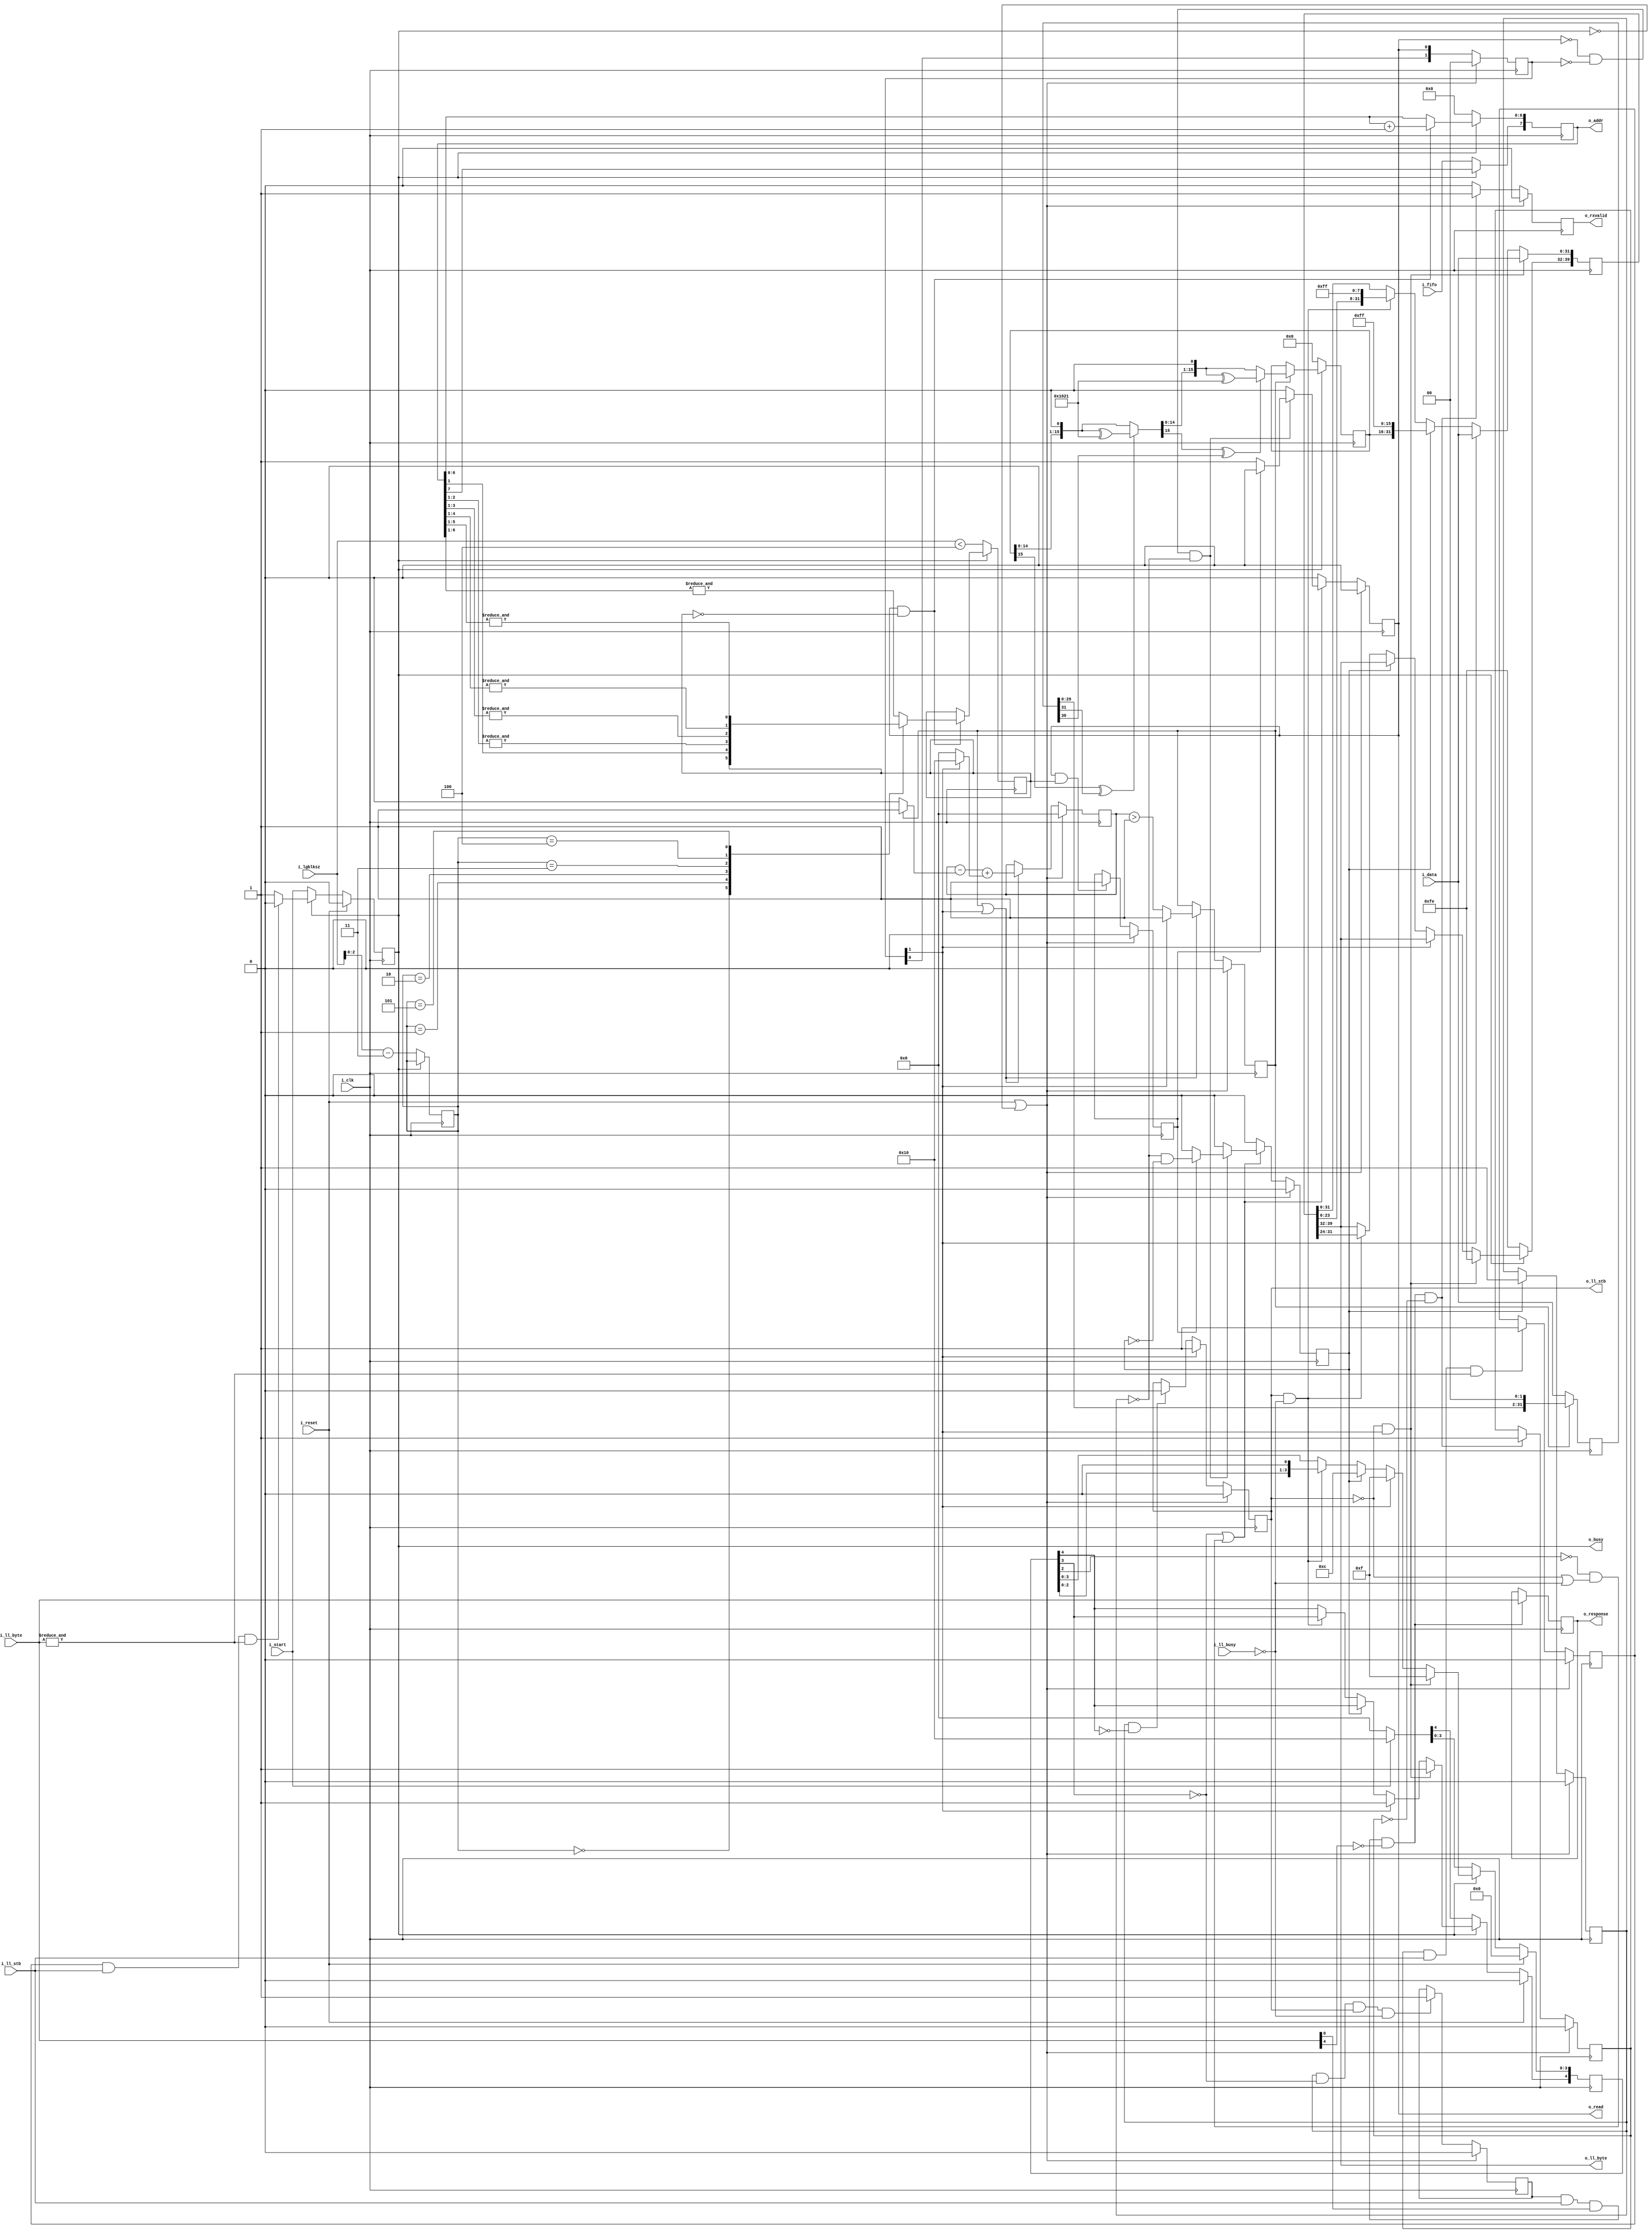
////////////////////////////////////////////////////////////////////////////////
//
//
// Project:	SD-Card controller, using a shared SPI interface
//
// Purpose:	To handle all of the processing associated with sending data
//		from a memory to our lower-level SPI processor.
//
// Creator:	Dan Gisselquist, Ph.D.
//		Gisselquist Technology, LLC
//
////////////////////////////////////////////////////////////////////////////////
//
// Copyright (C) 2016-2020, Gisselquist Technology, LLC
//
// This program is free software (firmware): you can redistribute it and/or
// modify it under the terms of  the GNU General Public License as published
// by the Free Software Foundation, either version 3 of the License, or (at
// your option) any later version.
//
// This program is distributed in the hope that it will be useful, but WITHOUT
// ANY WARRANTY; without even the implied warranty of MERCHANTIBILITY or
// FITNESS FOR A PARTICULAR PURPOSE.  See the GNU General Public License
// for more details.
//
// You should have received a copy of the GNU General Public License along
// with this program.  (It's in the $(ROOT)/doc directory, run make with no
// target there if the PDF file isn't present.)  If not, see
// <http://www.gnu.org/licenses/> for a copy.
//
// License:	GPL, v3, as defined and found on www.gnu.org,
//		http://www.gnu.org/licenses/gpl.html
//
//
////////////////////////////////////////////////////////////////////////////////
//
//
`default_nettype none
//
module spitxdata(i_clk, i_reset, i_start, i_lgblksz, i_fifo, o_busy,
		o_read, o_addr, i_data,
		i_ll_busy, o_ll_stb, o_ll_byte,
		i_ll_stb, i_ll_byte, o_rxvalid, o_response);
	parameter	DW = 32, AW = 8, RDDELAY = 2;
	localparam	CRC_POLYNOMIAL = 16'h1021;
	//
	input	wire	i_clk, i_reset;
	//
	input	wire		i_start;
	input	wire	[3:0]	i_lgblksz;
	input	wire		i_fifo;
	output	reg		o_busy;
	//
	output	reg 		o_read;
	output	reg [AW-1:0]	o_addr;
	input	wire [DW-1:0]	i_data;
	//
	input	wire		i_ll_busy;
	output	reg		o_ll_stb;
	output	wire [7:0]	o_ll_byte;
	//
	input	wire		i_ll_stb;
	input	wire [7:0]	i_ll_byte;
	//
	output	reg 		o_rxvalid;
	output	reg [7:0]	o_response;


	reg	[RDDELAY-1:0]	rdvalid;
	reg	[8+DW-1:0]	gearbox;
	reg	[1+(DW/8)-1:0]	fill;
	reg			crc_flag, crc_stb, data_read, all_mem_read;

	reg				lastaddr, data_sent, received_token,
					all_idle;
	reg				crc_active;
	reg [$clog2(1+DW/2)-1:0]	crc_fill;
	(* keep *) reg	[DW-1:0]	crc_gearbox;
	reg	[15:0]			crc_data;

	reg				token;

	always @(*)
		token = (data_sent && i_ll_stb && i_ll_byte[0] &&!i_ll_byte[4]);

	initial	o_busy = 0;
	always @(posedge i_clk)
	if (i_reset)
		o_busy <= 0;
	else if (!o_busy)
		o_busy <= i_start;
	else if (all_idle && i_ll_stb && (&i_ll_byte))
		o_busy <= 0;

	initial	o_rxvalid = 0;
	initial	received_token = 0;
	always @(posedge i_clk)
	if (i_reset || !o_busy)
		{ received_token, o_rxvalid } <= 0;
	else if (token && !received_token)
		{ received_token, o_rxvalid } <= 2'b11;
	else
		o_rxvalid <= 0;

	initial	all_idle = 0;
	always @(posedge i_clk)
	if (i_reset || !o_busy)
		all_idle <= 0;
	else if (received_token && i_ll_stb && (&i_ll_byte))
		all_idle <= 1'b1;

	always @(posedge i_clk)
	if (token)
		o_response <= i_ll_byte;

	// o_read & o_addr
	// 0: arbited read request
	// 1: read data
	// 2: muxed read data
	initial	rdvalid = 0;
	always @(posedge i_clk)
	if (i_reset || !o_busy)
		rdvalid <= 0;
	else
		rdvalid <= { rdvalid[RDDELAY-2:0], o_read };

	initial	o_ll_stb = 0;
	always @(posedge i_clk)
	if (i_reset || !o_busy)
		o_ll_stb <= 0;
	else if (rdvalid[RDDELAY-1])
		o_ll_stb <= 1;
	else if (data_read && !fill[4])
		o_ll_stb <= 0;

	initial	fill = 0;
	always @(posedge i_clk)
	begin
		if (!o_ll_stb && rdvalid[RDDELAY-1])
		begin
			gearbox <= { 8'hfe, i_data };
			fill <= 5'h1f;
		end else if (rdvalid[RDDELAY-1])
		begin
			gearbox <= { gearbox[DW+8-1:DW], i_data };
			fill <= 5'h1f;
		end else if (crc_stb)
		begin
			gearbox <= { gearbox[DW+8-1:DW], crc_data, 16'hff };
			fill[3:0] <= 4'hc;
		end else if (o_ll_stb && !i_ll_busy)
		begin
			gearbox <= { gearbox[DW-1:0], 8'hff };
			fill <= fill << 1;
		end

		if (!o_busy)
			gearbox[39:32] <= 8'hfe;	// Start token

		if (i_reset)
			fill <= 0;
		else if (!o_busy)
			fill <= (i_start) ? 5'h10 : 0;
	end

	assign	o_ll_byte = gearbox[39:32];

	initial	{ crc_stb, o_read } = 0;
	always @(posedge i_clk)
	if (i_reset || !o_busy)
		{ crc_stb, o_read } <= 0;
	else if (!fill[3] || (!fill[2] && (!o_ll_stb || !i_ll_busy)))
	begin
		{ crc_stb, o_read } <= 0;
		if (!o_read && rdvalid == 0 && !data_read)
		begin
			if (!all_mem_read)
				o_read <= 1;
			else
				crc_stb <= (!crc_flag)&&(!crc_stb);
		end
	end else
		{ crc_stb, o_read } <= 0;

	always @(posedge i_clk)
	if (!o_busy)
		o_addr <= { i_fifo, {(AW-1){1'b0}} };
	else if (o_read && !lastaddr)
		o_addr[AW-2:0] <= o_addr[AW-2:0] + 1;

	initial	all_mem_read = 0;
	always @(posedge i_clk)
	if (i_reset || !o_busy)
		all_mem_read <= 0;
	else if (o_read && lastaddr)
		all_mem_read <= 1;

	initial	crc_flag = 0;
	always @(posedge i_clk)
	if (i_reset || !o_busy)
		crc_flag <= 0;
	else if (crc_stb)
		crc_flag <= 1;

	always @(*)
		data_read = crc_flag;

	initial	data_sent = 0;
	always @(posedge i_clk)
	if (i_reset || !o_busy)
		data_sent <= 1'b0;
	else if (data_read && !fill[3] && o_ll_stb && !i_ll_busy)
		data_sent <= 1'b1;

	reg	[2:0]	r_lgblksz_m3;

	initial	r_lgblksz_m3 = 0;
	initial	lastaddr = 0;
	always @(posedge i_clk)
	if (!o_busy)
	begin
		lastaddr <= (i_lgblksz < 4);
		// Verilator lint_off WIDTH
		r_lgblksz_m3 <= i_lgblksz-3;
		// Verilator lint_on WIDTH
	end else if (o_read && !lastaddr)
	begin
		case(r_lgblksz_m3)
		0: begin end // assert(lastaddr);		//   8 bytes
		1: lastaddr <= (&o_addr[1:1]);	//  16 bytes
		2: lastaddr <= (&o_addr[2:1]);	//  32 bytes
		3: lastaddr <= (&o_addr[3:1]);	//  64 bytes
		4: lastaddr <= (&o_addr[4:1]);	// 128 bytes
		5: lastaddr <= (&o_addr[5:1]);	// 256 bytes
		default: lastaddr <= (&o_addr[6:1]);	// 512 bytes
		endcase
	end

	////////////////////////////////////////////////////////////////////////
	//
	// CRC calculation
	//
	initial	crc_fill = 0;
	always @(posedge i_clk)
	if (i_reset || !o_busy)
	begin
		crc_fill <= 0;
		crc_active <= 0;
	end else if (crc_active || rdvalid[RDDELAY-1])
	begin
		// Verilator lint_off WIDTH
		crc_fill <= crc_fill - (crc_active ? 1:0)
					+ (rdvalid[RDDELAY-1] ? (DW/2):0);
		// Verilator lint_on WIDTH
		if (rdvalid[RDDELAY-1])
			crc_active <= 1;
		else
			crc_active <= (crc_fill > 1);
	end

	always @(posedge i_clk)
	if (!crc_active)
		crc_gearbox <= i_data;
	else
		crc_gearbox <= { crc_gearbox[DW-3:0], 2'b00 };

	reg	[15:0]	next_crc_data;

	always @(*)
	begin
		next_crc_data = crc_data << 1;;

		if (crc_data[15] ^ crc_gearbox[31])
			next_crc_data = next_crc_data ^ CRC_POLYNOMIAL;

		if (next_crc_data[15] ^ crc_gearbox[30])
			next_crc_data = (next_crc_data << 1) ^ CRC_POLYNOMIAL;
		else
			next_crc_data = (next_crc_data << 1);
	end

	always @(posedge i_clk)
	if (!o_busy)
		crc_data <= 0;
	else if (crc_active)
		crc_data <= next_crc_data;

`ifdef	FORMAL
`endif
endmodule